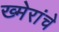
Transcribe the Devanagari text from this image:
ख्मेरांचे